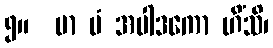
၅။  မာ မံ အပါဒကော ဟိံသိ၊